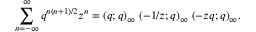
\sum _ { n = - \infty } ^ { \infty } q ^ { n ( n + 1 ) / 2 } z ^ { n } = ( q ; q ) _ { \infty } \; ( - 1 / z ; q ) _ { \infty } \; ( - z q ; q ) _ { \infty } .